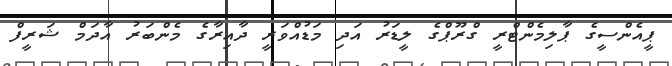
ޕީއެންސީގެ ޕާލިމެންޓްރީ ގްރޫޕްގެ ލީޑަރު އަދި މަޑުއްވަރީ ދާއިރާގެ މެންބަރު އާދަމް ޝަރީފް